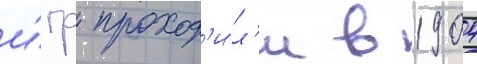
и́гр проход'и́л'и в 1904